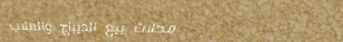
محلات بيع الديباج والملاب